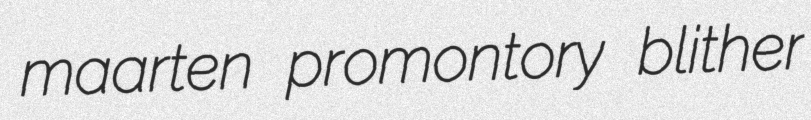
maarten promontory blither